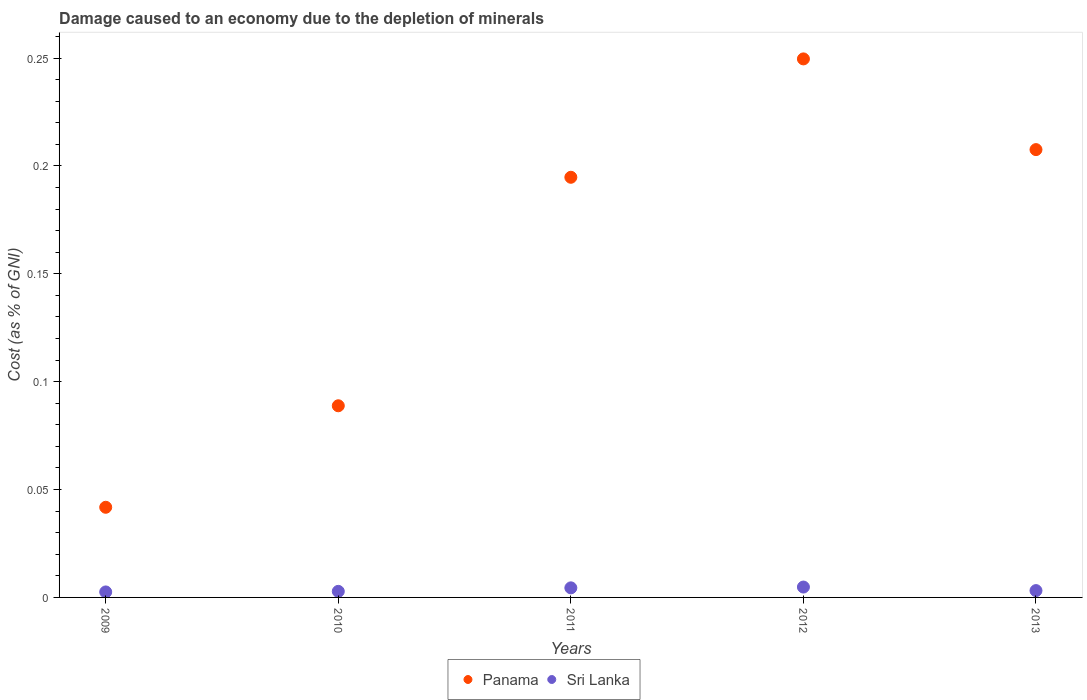
| Years | Panama | Sri Lanka |
 | --- | --- | --- |
 | 2009 | 0.0418 | 0.00254 |
 | 2010 | 0.0888 | 0.00281 |
 | 2011 | 0.195 | 0.00444 |
 | 2012 | 0.25 | 0.00481 |
 | 2013 | 0.208 | 0.00316 |